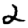
Digit: 2